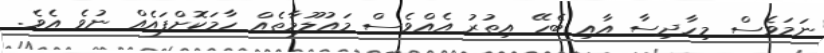
ނަމަވެސް މިހާދިސާ އާއި ބެހޭ އިތުުރު އެއްވެސް މައުލޫމާތެއް ހާމަކޮށްފައެއް ނުވެ އެވެ.